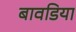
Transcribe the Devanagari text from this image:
बावडिया